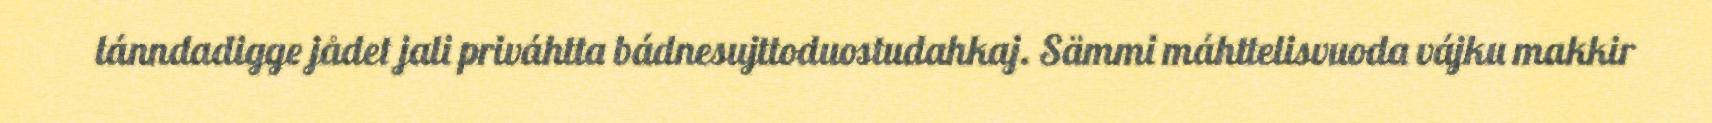
lánndadigge jådet jali priváhtta bádnesujttoduostudahkaj. Sämmi máhttelisvuoda vájku makkir